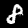
Label: 8